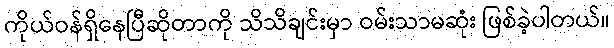
ကိုယ်ဝန်ရှိနေပြီဆိုတာကို သိသိချင်းမှာ ဝမ်းသာမဆုံး ဖြစ်ခဲ့ပါတယ်။